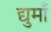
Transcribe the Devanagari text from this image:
द्युमाँ